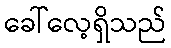
ခေါ်လေ့ရှိသည်